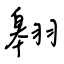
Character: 翱